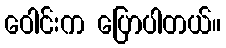
ဝေါင်းက ပြောပါတယ်။